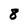
Character: 8